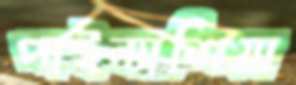
পাইন্যাশিয়া